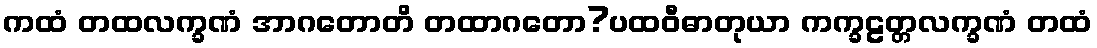
ကထံ တထလက္ခဏံ အာဂတောတိ တထာဂတော?ပထဝီဓာတုယာ ကက္ခဠတ္တလက္ခဏံ တထံ